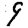
Digit: 9